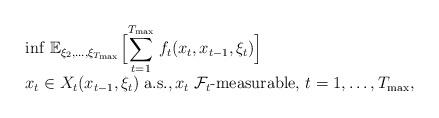
LaTeX: \begin{align*} \begin{array}{l}\displaystyle{\inf} \; \mathbb{E}_{\xi_2,\ldots,\xi_{T_{\max}}}\Big[ \displaystyle{\sum_{t=1}^{T_{\max}}} \; f_{t} (x_{t}, x_{t-1}, \xi_t)\Big]\\x_t \in X_t( x_{t-1}, \xi_t )\;\mbox{a.s.}, x_{t} \;\mathcal{F}_t\mbox{-measurable, }t=1,\ldots,T_{\max},\end{array}\end{align*}